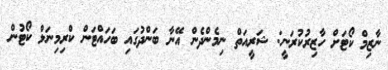
ނާޒިމް ކޯޓަށް ހާޒިރުކުރަނީ: ޝަރީއަތް ނިމެންދެން އޭނާ ބަންދުގައި ބަހައްޓަން ކްރިމިނަލް ކޯޓުން